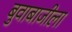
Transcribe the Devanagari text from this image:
बुवाबाजीला